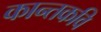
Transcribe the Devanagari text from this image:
कान्तकवि